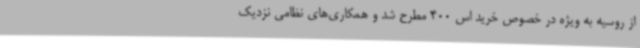
از روسیه به ویژه در خصوص خرید اس 400 مطرح شد و همکاری‌های نظامی نزدیک